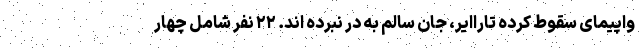
واپیمای سقوط کرده تاراایر، جان سالم به در نبرده اند. ۲۲ نفر شامل چهار